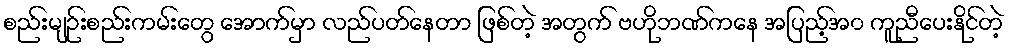
စည်းမျဉ်းစည်းကမ်းတွေ အောက်မှာ လည်ပတ်နေတာ ဖြစ်တဲ့ အတွက် ဗဟိုဘဏ်ကနေ အပြည့်အ၀ ကူညီပေးနိုင်တဲ့